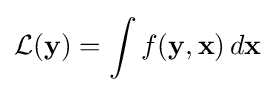
{\mathcal {L}}(\mathbf {y} )=\int f(\mathbf {y} ,\mathbf {x} )\,d\mathbf {x}